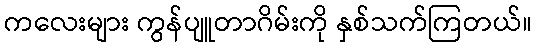
ကလေးများ ကွန်ပျူတာဂိမ်းကို နှစ်သက်ကြတယ်။